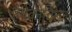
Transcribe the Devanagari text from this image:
हर्षकोवित्ज़